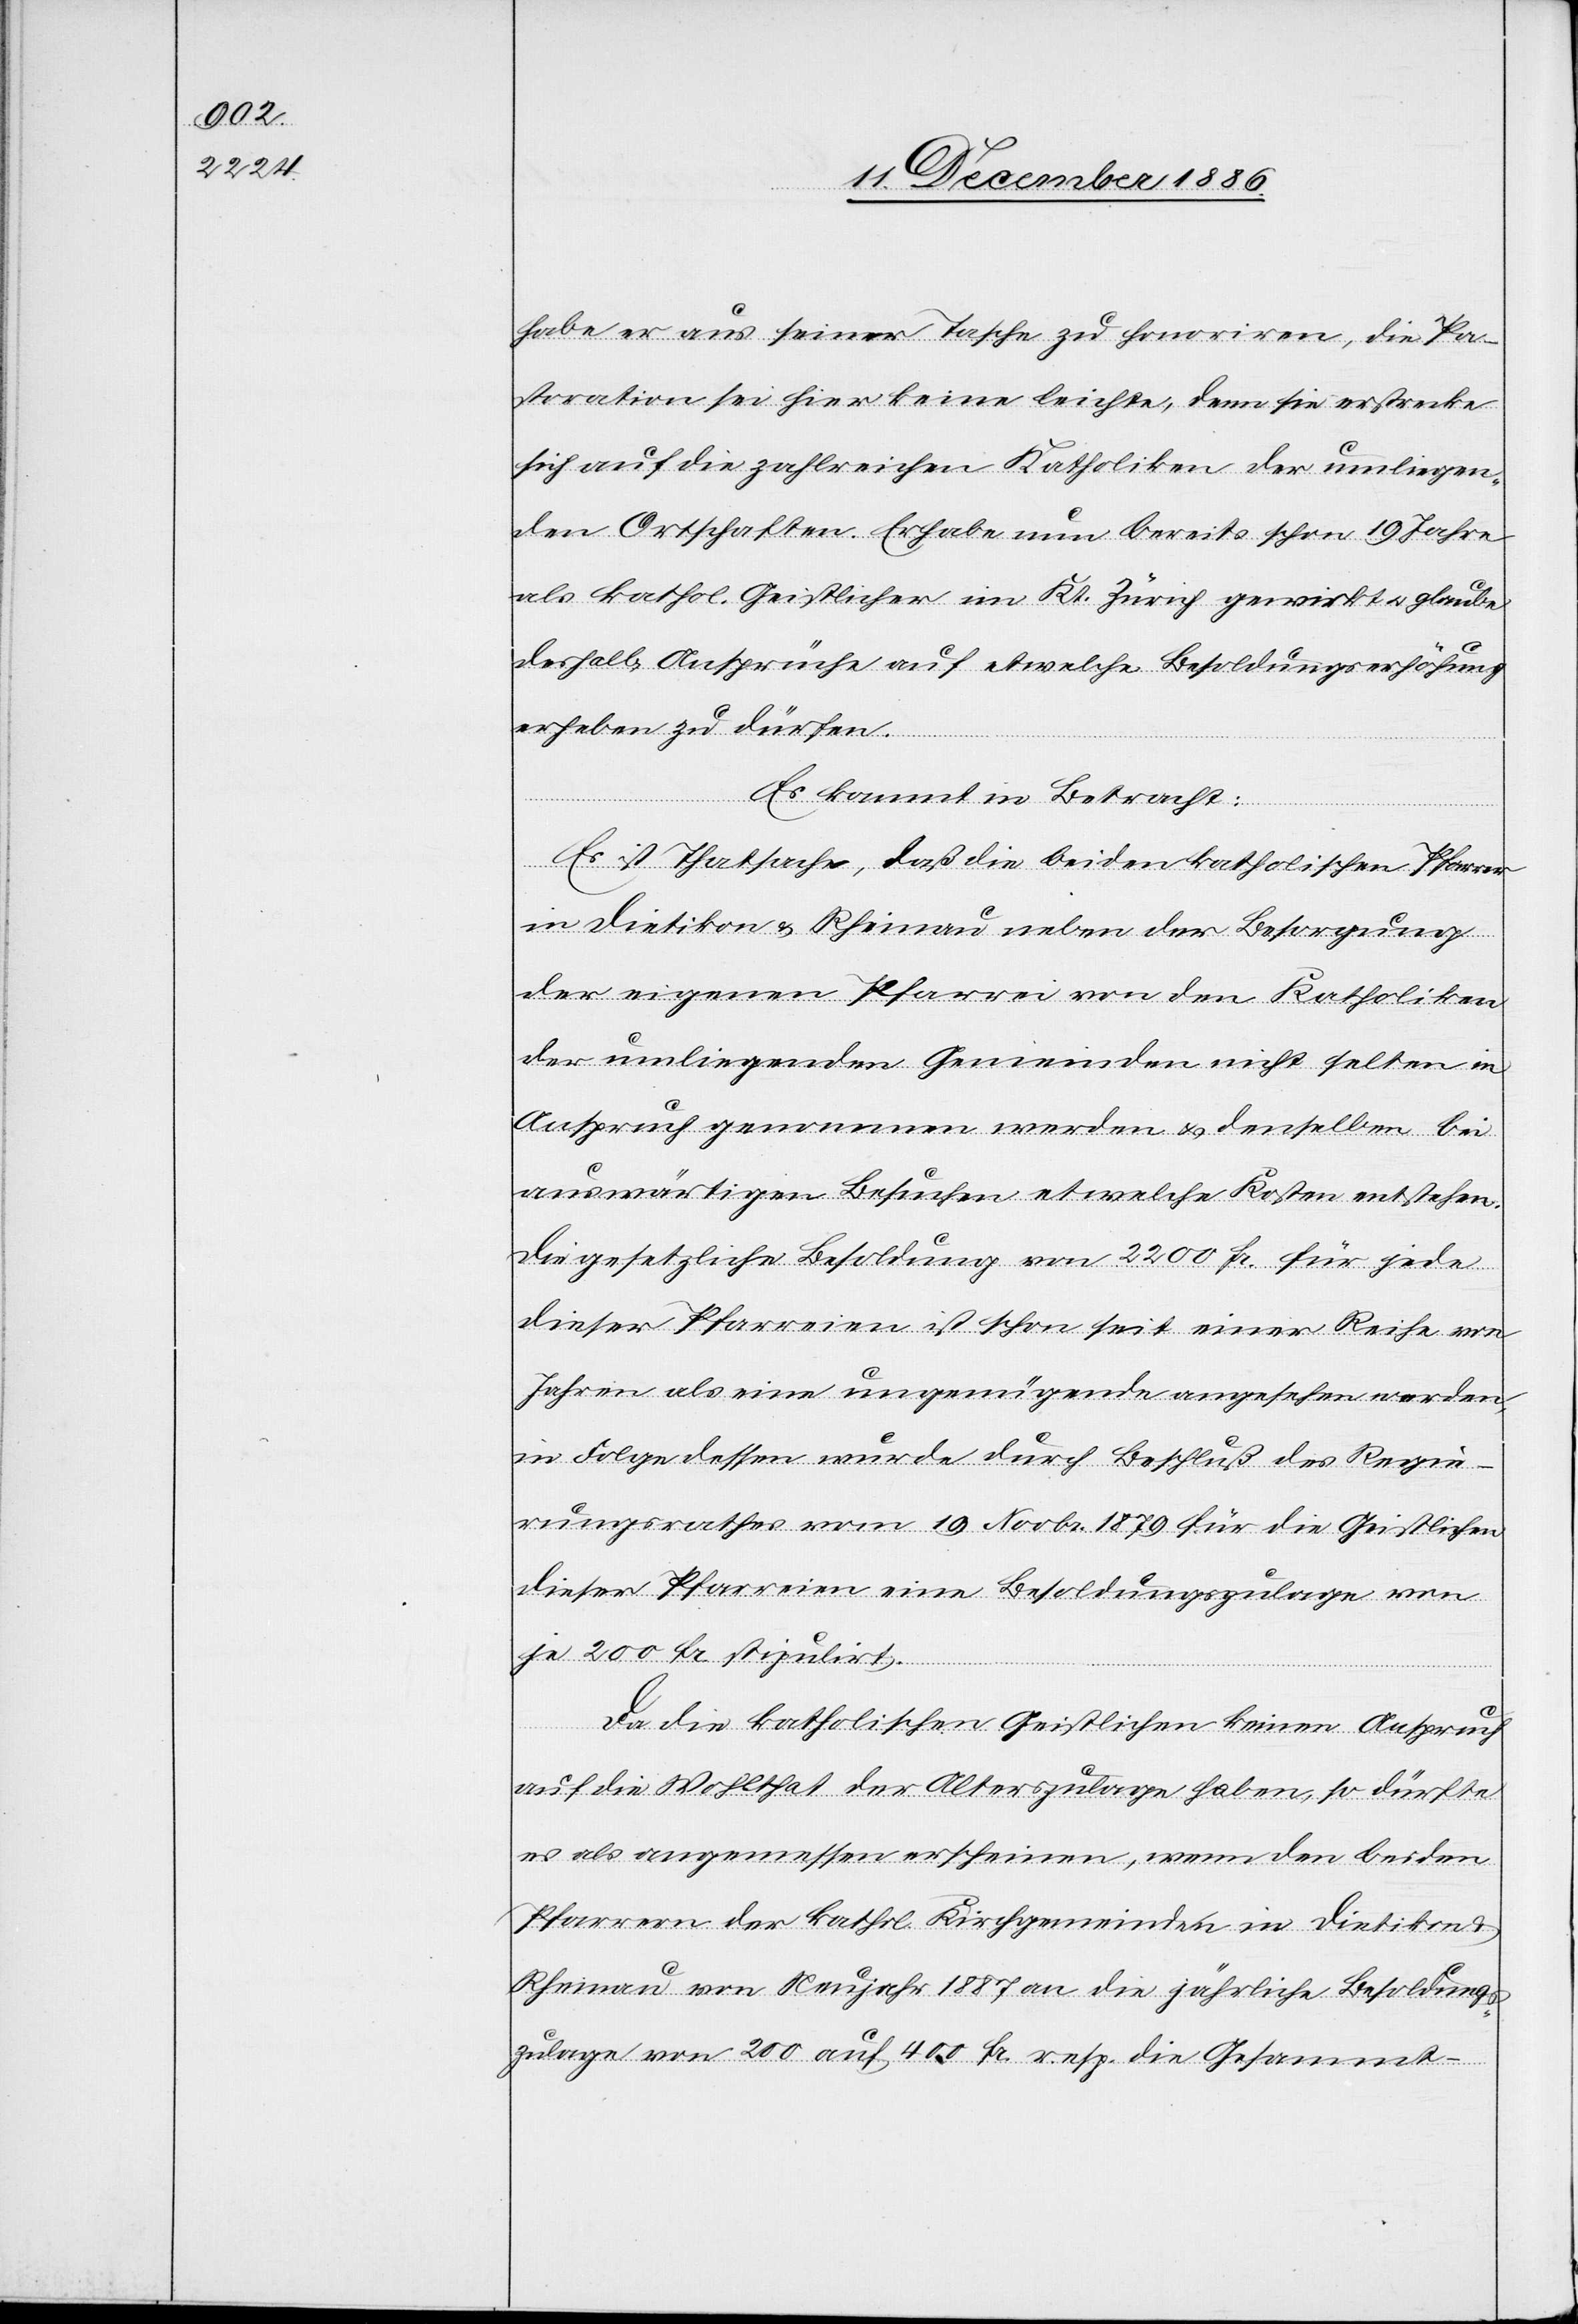
habe er aus seiner Tasche zu honoriren, die Pa¬
storation sei hier keine leichte, denn sie erstrecke
sich auf die zahlreichen Katholiken der umliegen¬
den Ortschaften. Er habe nun bereits schon 19 Jahre
als kathol. Geistlicher im Kt. Zürich gewirkt & glaube
deshalb Ansprüche auf etwelche Besoldungserhöhung
erheben zu dürfen.
Es kommt in Betracht:
Es ist Thatsache, daß die beiden katholischen Pfarrer
in Dietikon & Rheinau neben der Besorgung
der eigenen Pfarrei von den Katholiken
der umliegenden Gemeinden nicht selten in
Anspruch genommen werden & denselben bei
auswärtigen Besuchen etwelche Kosten entstehen.
Die gesetzliche Besoldung von 2200 Fr. für jede
dieser Pfarreien ist schon seit einer Reihe von
Jahren als eine ungenügende angesehen worden,
in Folge dessen wurde durch Beschluß des Regie¬
rungsrathes vom 19. Novbr. 1879 für die Geistlichen
dieser Pfarreien eine Besoldungszulage von
je 200 Fr. stipulirt.
Da die katholischen Geistlichen keinen Anspruch
auf die Wohlthat der Alterszulage haben, so dürfte
es als angemessen erscheinen, wenn den beiden
Pfarrern der kathol. Kirchgemeinden in Dietikon &
Rheinau von Neujahr 1887 an die jährliche Besoldungs¬
zulage von 200 auf 400 Fr. resp. die Gesammt-